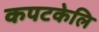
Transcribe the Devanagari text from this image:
कपटकेलि